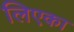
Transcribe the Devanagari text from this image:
लिएका